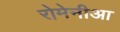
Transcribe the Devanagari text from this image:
रोमेनीआ